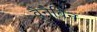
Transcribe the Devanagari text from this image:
वैनैबिन